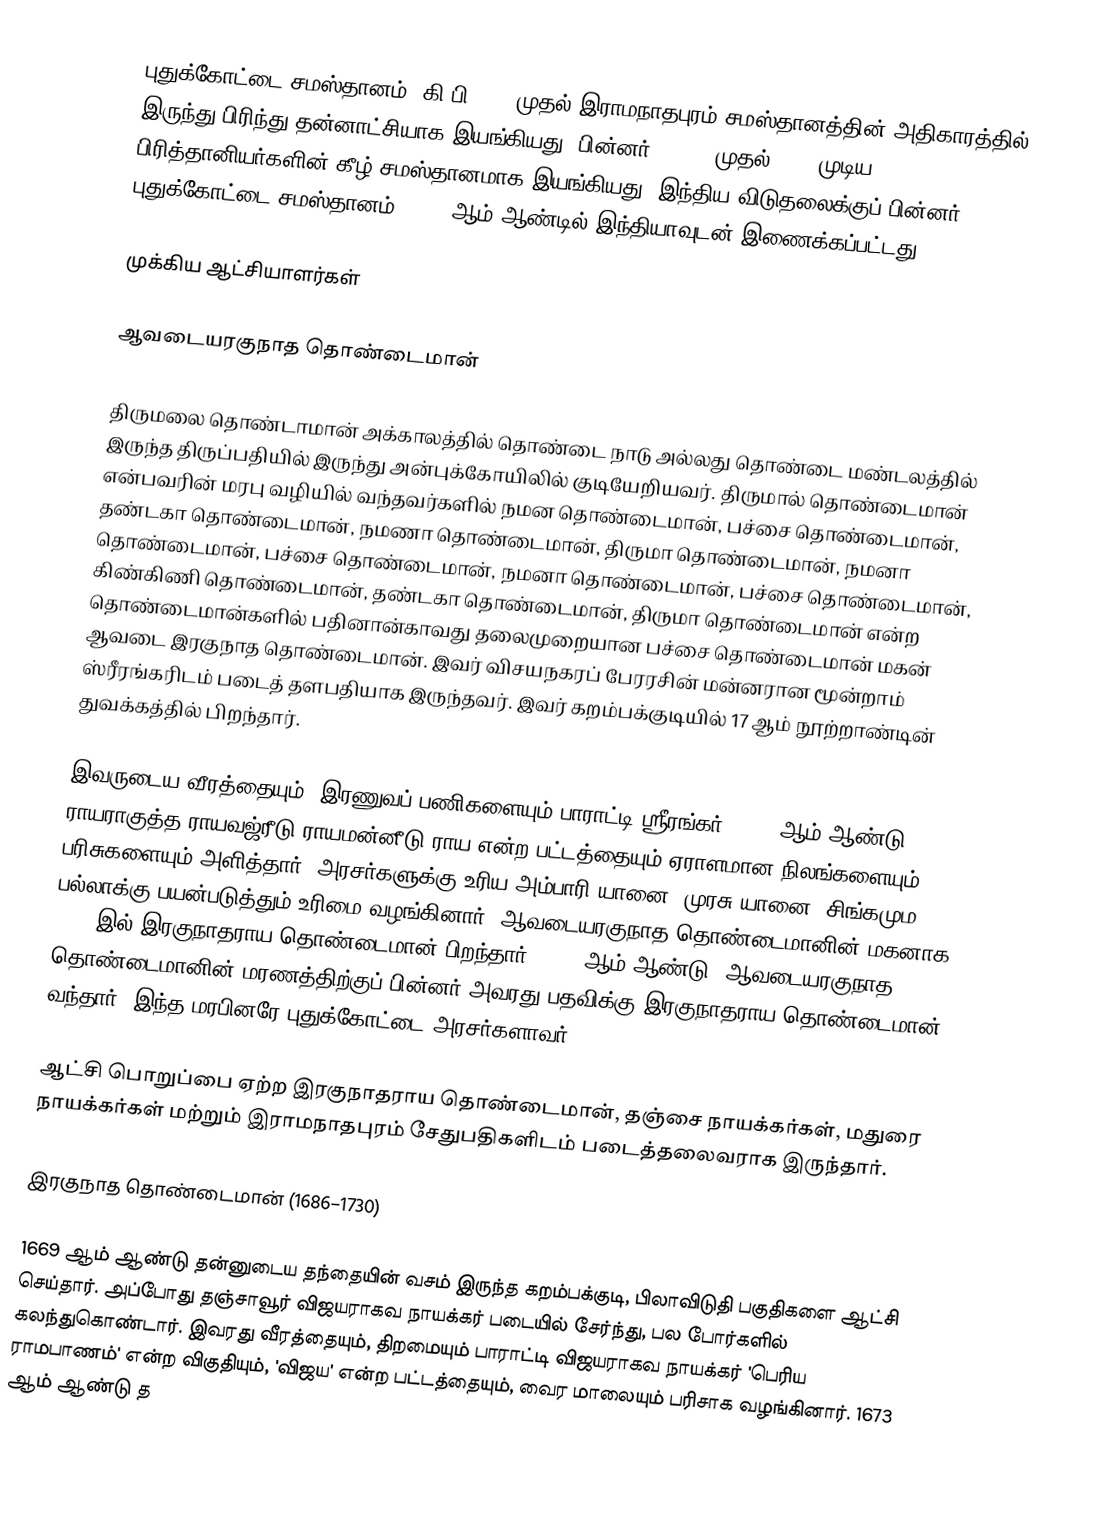
புதுக்கோட்டை சமஸ்தானம், கி பி 1686 முதல் இராமநாதபுரம் சமஸ்தானத்தின் அதிகாரத்தில் இருந்து பிரிந்து தன்னாட்சியாக   இயங்கியது. பின்னர் 1800 - முதல் 1948 முடிய பிரித்தானியர்களின் கீழ்  சமஸ்தானமாக இயங்கியது. இந்திய விடுதலைக்குப் பின்னர் புதுக்கோட்டை சமஸ்தானம், 1948-ஆம் ஆண்டில் இந்தியாவுடன் இணைக்கப்பட்டது.

முக்கிய ஆட்சியாளர்கள்

ஆவடையரகுநாத தொண்டைமான்

திருமலை தொண்டாமான் அக்காலத்தில் தொண்டை நாடு அல்லது தொண்டை மண்டலத்தில் இருந்த திருப்பதியில் இருந்து அன்புக்கோயிலில் குடியேறியவர். திருமால் தொண்டைமான் என்பவரின் மரபு வழியில் வந்தவர்களில் நமன தொண்டைமான், பச்சை தொண்டைமான், தண்டகா தொண்டைமான், நமணா தொண்டைமான், திருமா தொண்டைமான், நமனா தொண்டைமான், பச்சை தொண்டைமான், நமனா தொண்டைமான், பச்சை தொண்டைமான், கிண்கிணி தொண்டைமான், தண்டகா தொண்டைமான், திருமா தொண்டைமான் என்ற தொண்டைமான்களில் பதினான்காவது தலைமுறையான பச்சை தொண்டைமான் மகன் ஆவடை இரகுநாத தொண்டைமான். இவர் விசயநகரப் பேரரசின் மன்னரான மூன்றாம் ஸ்ரீரங்கரிடம் படைத் தளபதியாக இருந்தவர். இவர் கறம்பக்குடியில் 17 ஆம் நூற்றாண்டின் துவக்கத்தில் பிறந்தார்.

இவருடைய வீரத்தையும், இரணுவப் பணிகளையும் பாராட்டி ஸ்ரீரங்கர், 1639 ஆம் ஆண்டு ராயராகுத்த ராயவஜ்ரீடு ராயமன்னீடு ராய என்ற பட்டத்தையும் ஏராளமான நிலங்களையும், பரிசுகளையும் அளித்தார். அரசர்களுக்கு உரிய அம்பாரி யானை, முரசு யானை, சிங்கமும பல்லாக்கு பயன்படுத்தும் உரிமை வழங்கினார். ஆவடையரகுநாத தொண்டைமானின் மகனாக 1641 இல் இரகுநாதராய தொண்டைமான் பிறந்தார். 1661 ஆம் ஆண்டு, ஆவடையரகுநாத தொண்டைமானின் மரணத்திற்குப் பின்னர் அவரது பதவிக்கு இரகுநாதராய தொண்டைமான் வந்தார். இந்த மரபினரே புதுக்கோட்டை அரசர்களாவர்.

ஆட்சி பொறுப்பை ஏற்ற இரகுநாதராய தொண்டைமான், தஞ்சை நாயக்கர்கள், மதுரை நாயக்கர்கள் மற்றும் இராமநாதபுரம் சேதுபதிகளிடம் படைத்தலைவராக இருந்தார்.

இரகுநாத தொண்டைமான் (1686–1730)

1669 ஆம் ஆண்டு தன்னுடைய தந்தையின் வசம் இருந்த கறம்பக்குடி, பிலாவிடுதி பகுதிகளை ஆட்சி செய்தார். அப்போது தஞ்சாவூர் விஜயராகவ நாயக்கர் படையில் சேர்ந்து, பல போர்களில் கலந்துகொண்டார். இவரது வீரத்தையும், திறமையும் பாராட்டி விஜயராகவ நாயக்கர் 'பெரிய ராமபாணம்' என்ற விகுதியும், 'விஜய' என்ற பட்டத்தையும், வைர மாலையும் பரிசாக வழங்கினார். 1673 ஆம் ஆண்டு த